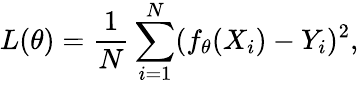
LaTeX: L(\theta)=\frac{1}{N}\sum_{i=1}^{N}(f_{\theta}(X_{i})-Y_{i})^{2},